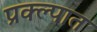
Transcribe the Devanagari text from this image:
प्रक्ल्पात